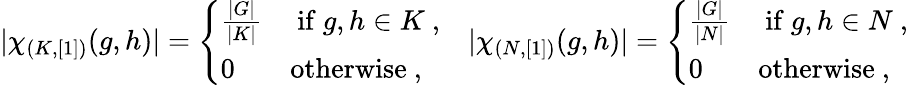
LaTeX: |\chi_{(K,[1])}(g,h)|=\left\{ \begin{array}{ll}{\frac{|G|}{|K|}}&{\mathrm{~if~}g,h\in K~,}\\ {0}&{\mathrm{otherwise}~,}\end{array}\right.\quad|\chi_{(N,[1])}(g,h)|=\left\{ \begin{array}{ll}{\frac{|G|}{|N|}}&{\mathrm{~if~}g,h\in N~,}\\ {0}&{\mathrm{otherwise}~,}\end{array}\right.